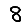
Digit: 8